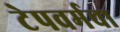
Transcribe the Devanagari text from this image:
टेपवर्मचा